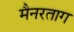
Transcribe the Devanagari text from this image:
मैनरताग